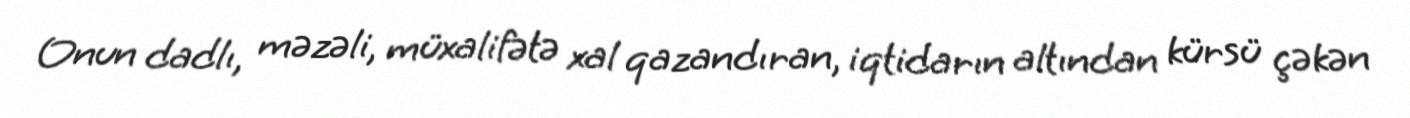
Onun dadlı, məzəli, müxalifətə xal qazandıran, iqtidarın altından kürsü çəkən